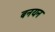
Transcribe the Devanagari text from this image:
बनयन